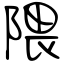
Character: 隈